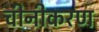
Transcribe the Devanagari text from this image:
चीनीकरण